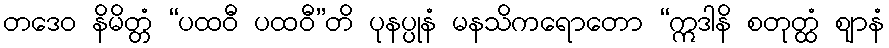
တဒေဝ နိမိတ္တံ “ပထဝီ ပထဝီ”တိ ပုနပ္ပုနံ မနသိကရောတော “ဣဒါနိ စတုတ္ထံ ဈာနံ